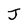
Character: J